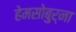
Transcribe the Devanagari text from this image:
हेमसोबुर्ना